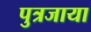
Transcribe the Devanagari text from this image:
पुत्रजाया